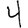
Digit: 4